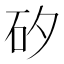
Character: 矽